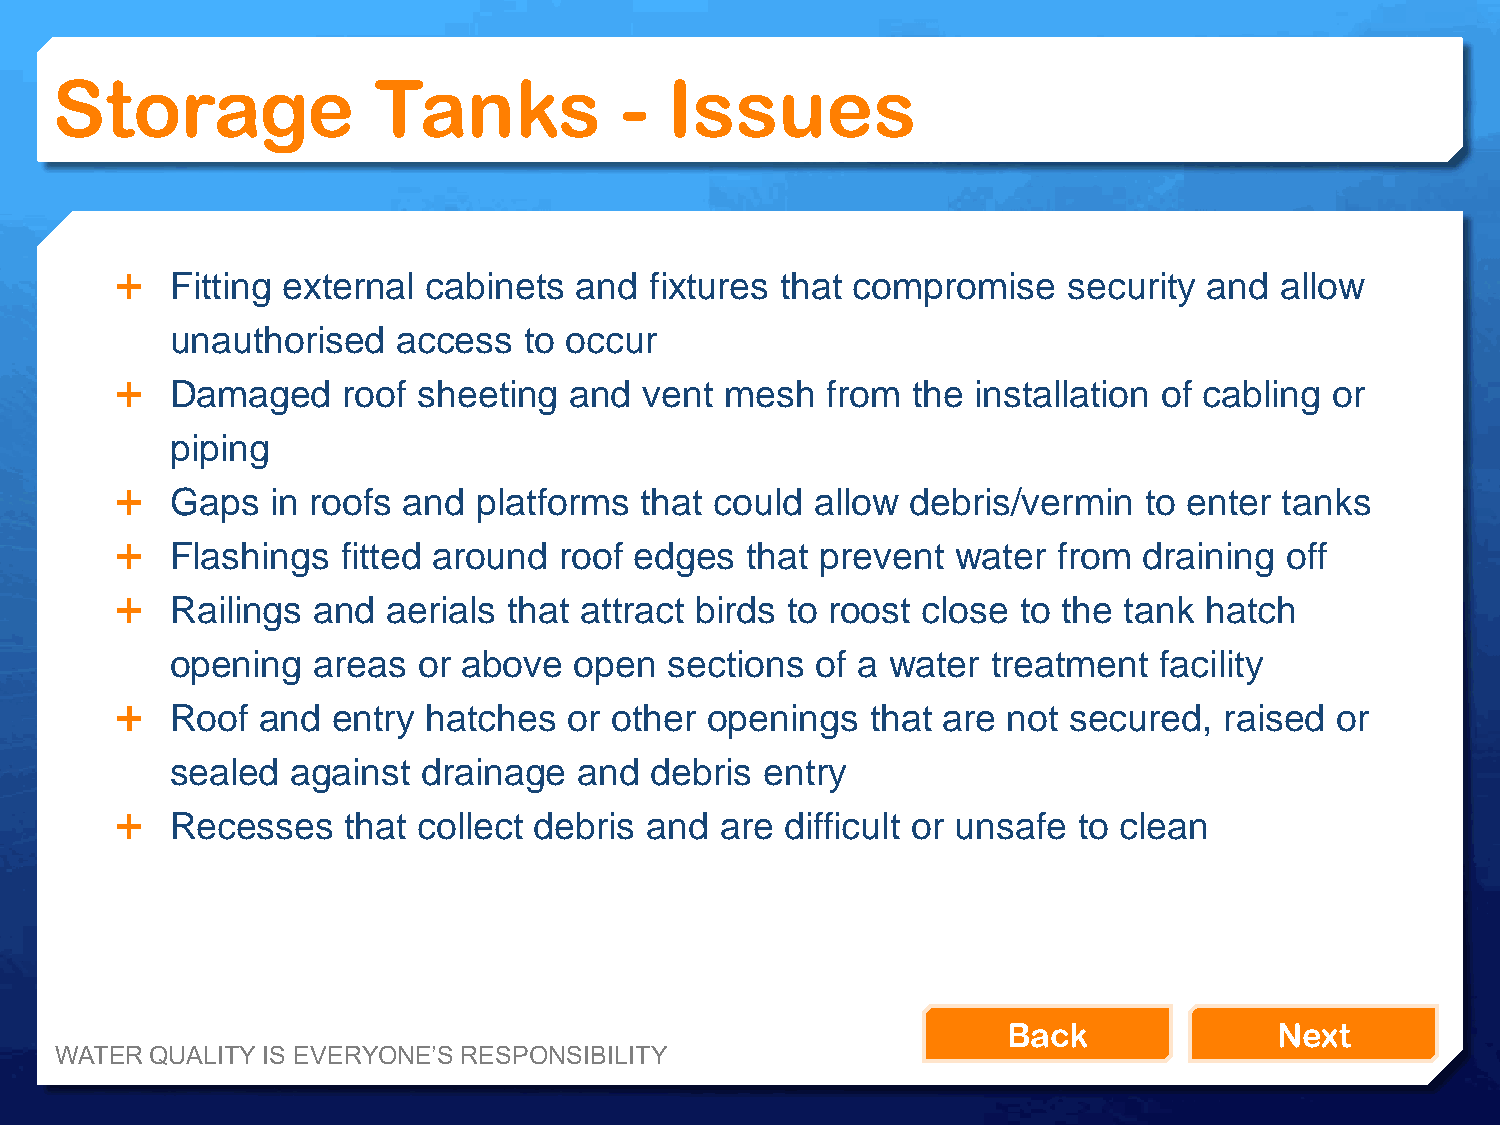
Storage               Tanks           -  Issues
   Fitting external cabinets  and  fixtures that compromise    security and  allow
 unauthorised   access   to occur
   Damaged     roof sheeting  and  vent mesh   from the installation of cabling or
 piping
   Gaps   in roofs and  platforms that could  allow debris/vermin   to enter tanks
   Flashings   fitted around roof edges  that prevent  water  from  draining off
   Railings  and  aerials that attract birds to roost close to the tank hatch
 opening   areas  or above  open  sections  of a water  treatment  facility
   Roof  and  entry hatches   or other openings   that are not secured,  raised or
 sealed  against  drainage  and  debris  entry
   Recesses    that collect debris and  are difficult or unsafe to clean
 Back              Next
 WATER QUALITY IS EVERYONE’S RESPONSIBILITY